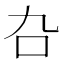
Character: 叴